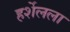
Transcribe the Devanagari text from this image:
हर्शेलला